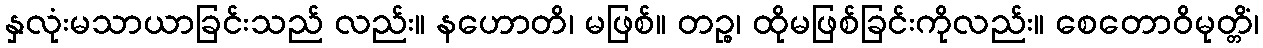
နှလုံးမသာယာခြင်းသည် လည်း။ နဟောတိ၊ မဖြစ်။ တဉ္စ၊ ထိုမဖြစ်ခြင်းကိုလည်း။ စေတောဝိမုတ္တိံ၊